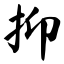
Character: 抑